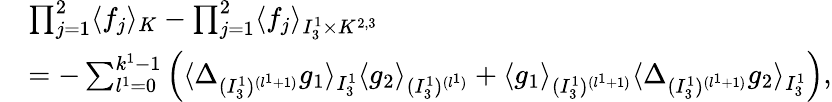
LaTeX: \begin{array}{rl}&{\prod_{j=1}^{2}\langle f_{j}\rangle_{K}-\prod_{j=1}^{2}\langle f_{j}\rangle_{I_{3}^{1}\times K^{2,3}}}\\ &{=-\sum_{l^{1}=0}^{k^{1}-1}\Big(\langle\Delta_{(I_{3}^{1})^{(l^{1}+1)}}g_{1}\rangle_{I_{3}^{1}}\langle g_{2}\rangle_{(I_{3}^{1})^{(l^{1})}}+\langle g_{1}\rangle_{(I_{3}^{1})^{(l^{1}+1)}}\langle\Delta_{(I_{3}^{1})^{(l^{1}+1)}}g_{2}\rangle_{I_{3}^{1}}\Big),}\end{array}